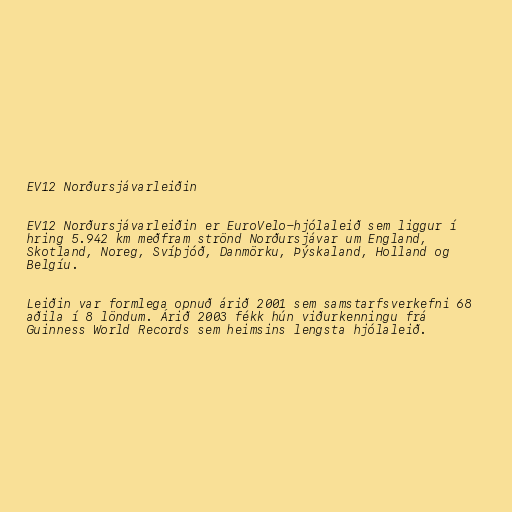
EV12 Norðursjávarleiðin

EV12 Norðursjávarleiðin er EuroVelo-hjólaleið sem liggur í
hring 5.942 km meðfram strönd Norðursjávar um England,
Skotland, Noreg, Svíþjóð, Danmörku, Þýskaland, Holland og
Belgíu.

Leiðin var formlega opnuð árið 2001 sem samstarfsverkefni 68
aðila í 8 löndum. Árið 2003 fékk hún viðurkenningu frá
Guinness World Records sem heimsins lengsta hjólaleið.